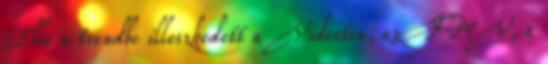
Ebbe a trendbe illeszkedett a Videoton, az FMV, a